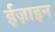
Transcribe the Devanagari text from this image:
ईज़ाइन